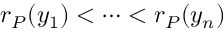
r _ { P } ( y _ { 1 } ) < \dots < r _ { P } ( y _ { n } )